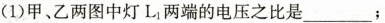
(1)甲、乙两图中灯L_{1}两端的电压之比是___；